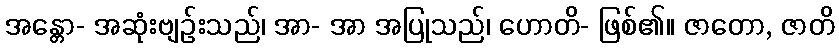
အန္တော- အဆုံးဗျဉ်းသည်၊ အာ- အာ အပြုသည်၊ ဟောတိ- ဖြစ်၏။ ဇာတော, ဇာတိ